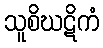
သူစိဃဋိကံ